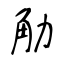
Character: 觔